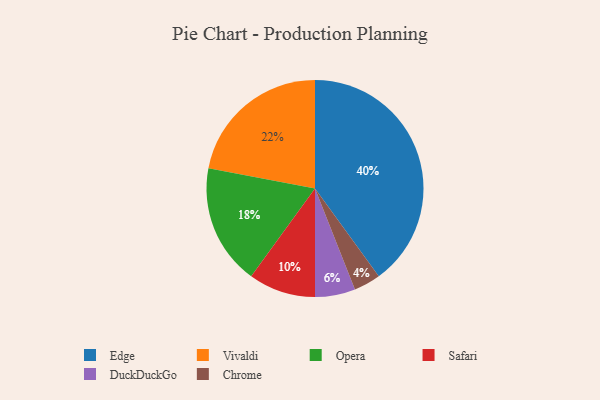
{"axis": {"x": "Category", "y": "Percentage"}, "legend": ["Chrome", "DuckDuckGo", "Edge", "Opera", "Safari", "Vivaldi"], "data": [{"x": "DuckDuckGo", "y": 6, "type": "DuckDuckGo"}, {"x": "Safari", "y": 10, "type": "Safari"}, {"x": "Vivaldi", "y": 22, "type": "Vivaldi"}, {"x": "Opera", "y": 18, "type": "Opera"}, {"x": "Edge", "y": 40, "type": "Edge"}, {"x": "Chrome", "y": 4, "type": "Chrome"}]}